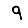
Digit: 9